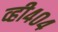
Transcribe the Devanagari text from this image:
व्ही४०४